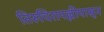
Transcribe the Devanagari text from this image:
तिरुचिरापल्लीपासून